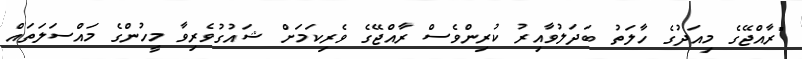
"ރާއްޖޭގެ މިއަދުގެ ހާލަތު ބަދަލުވާއިރު ކުރިންވެސް ރާއްޖޭގެ ވެރިކަމަށް ޝައުގުވެރިވާ މީހުންގެ މައްސަލަތައް